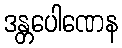
ဒန္တပေါဏေန